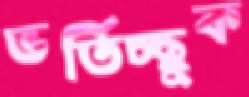
ভর্তিচ্ছুক